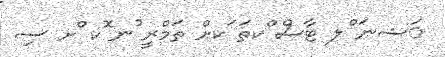
ަޝނަ ްލ ޓާސް ްކތަ ަކށް ތަމްރީ ުނ ޮކ ްށ ސި